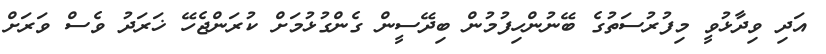
އަދި ވިދާޅުވީ މިފުރުސަތުގެ ބޭނުންހިފުމުން ބިދޭސީން ގެންގުޅުމަށް ކުރަންޖެހޭ ޚަރަދު ވެސް ވަރަށް